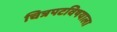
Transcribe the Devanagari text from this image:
चित्रपटविषयाला